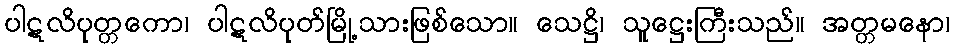
ပါဋလိပုတ္တကော၊ ပါဋလိပုတ်မြို့သားဖြစ်သော။ သေဋ္ဌိ၊ သူဋ္ဌေးကြီးသည်။ အတ္တမနော၊